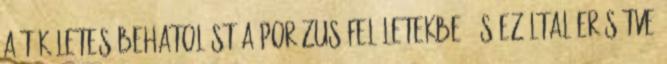
a tökéletes behatolást a porózus felületekbe, és ezáltal erősítve